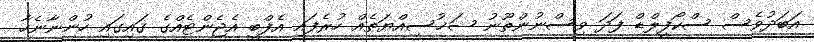
އަބަދުވެސް ސްކޯފީލްޑް ފަދަ ވިސްނުންތޫނު ޝަޚުސިއްޔަތެއް ހުރެފައި އެފްބީ އެޖެންޓެއްގެ ގައިގައި ހުންނާނެހާ